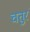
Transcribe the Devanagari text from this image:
चतुरं